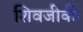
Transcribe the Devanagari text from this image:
शिवजीकी